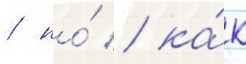
/ но́ / ка́к